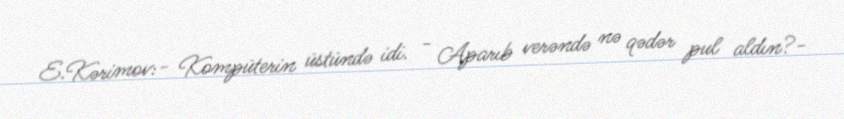
E.Kərimov:- Kompüterin üstündə idi. - Aparıb verəndə nə qədər pul aldın?-